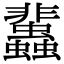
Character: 𧕿